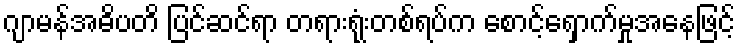
ဂျာမန်အဓိပတိ ပြင်ဆင်ရာ တရားရုံးတစ်ရပ်က စောင့်ရှောက်မှုအနေဖြင့်